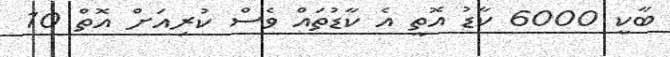
ބާކީ 6000 ކާޑު އޮތީ އެ ކާޑުތައް ވެސް ކުރިއަށް އޮތް 10